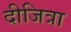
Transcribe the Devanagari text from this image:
दीजित्रा